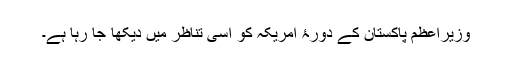
وزیراعظم پاکستان کے دورۂ امریکہ کو اسی تناظر میں دیکھا جا رہا ہے۔